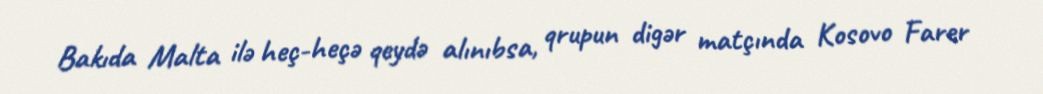
Bakıda Malta ilə heç-heçə qeydə alınıbsa, qrupun digər matçında Kosovo Farer